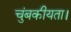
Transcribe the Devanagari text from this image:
चुंबकीयता।